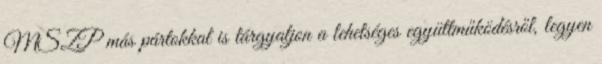
MSZP más pártokkal is tárgyaljon a lehetséges együttműködésről, legyen